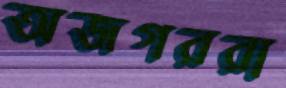
অজগররা